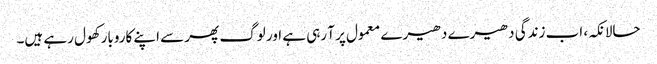
حالانکہ، اب زندگی دھیرے دھیرے معمول پر آ رہی ہے اور لوگ پھر سے اپنے کاروبار کھول رہے ہیں۔